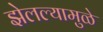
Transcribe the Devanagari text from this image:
झेलल्यामुळे